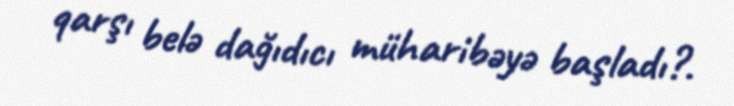
qarşı belə dağıdıcı müharibəyə başladı?.